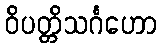
ဝိပတ္တိသင်္ဂဟော